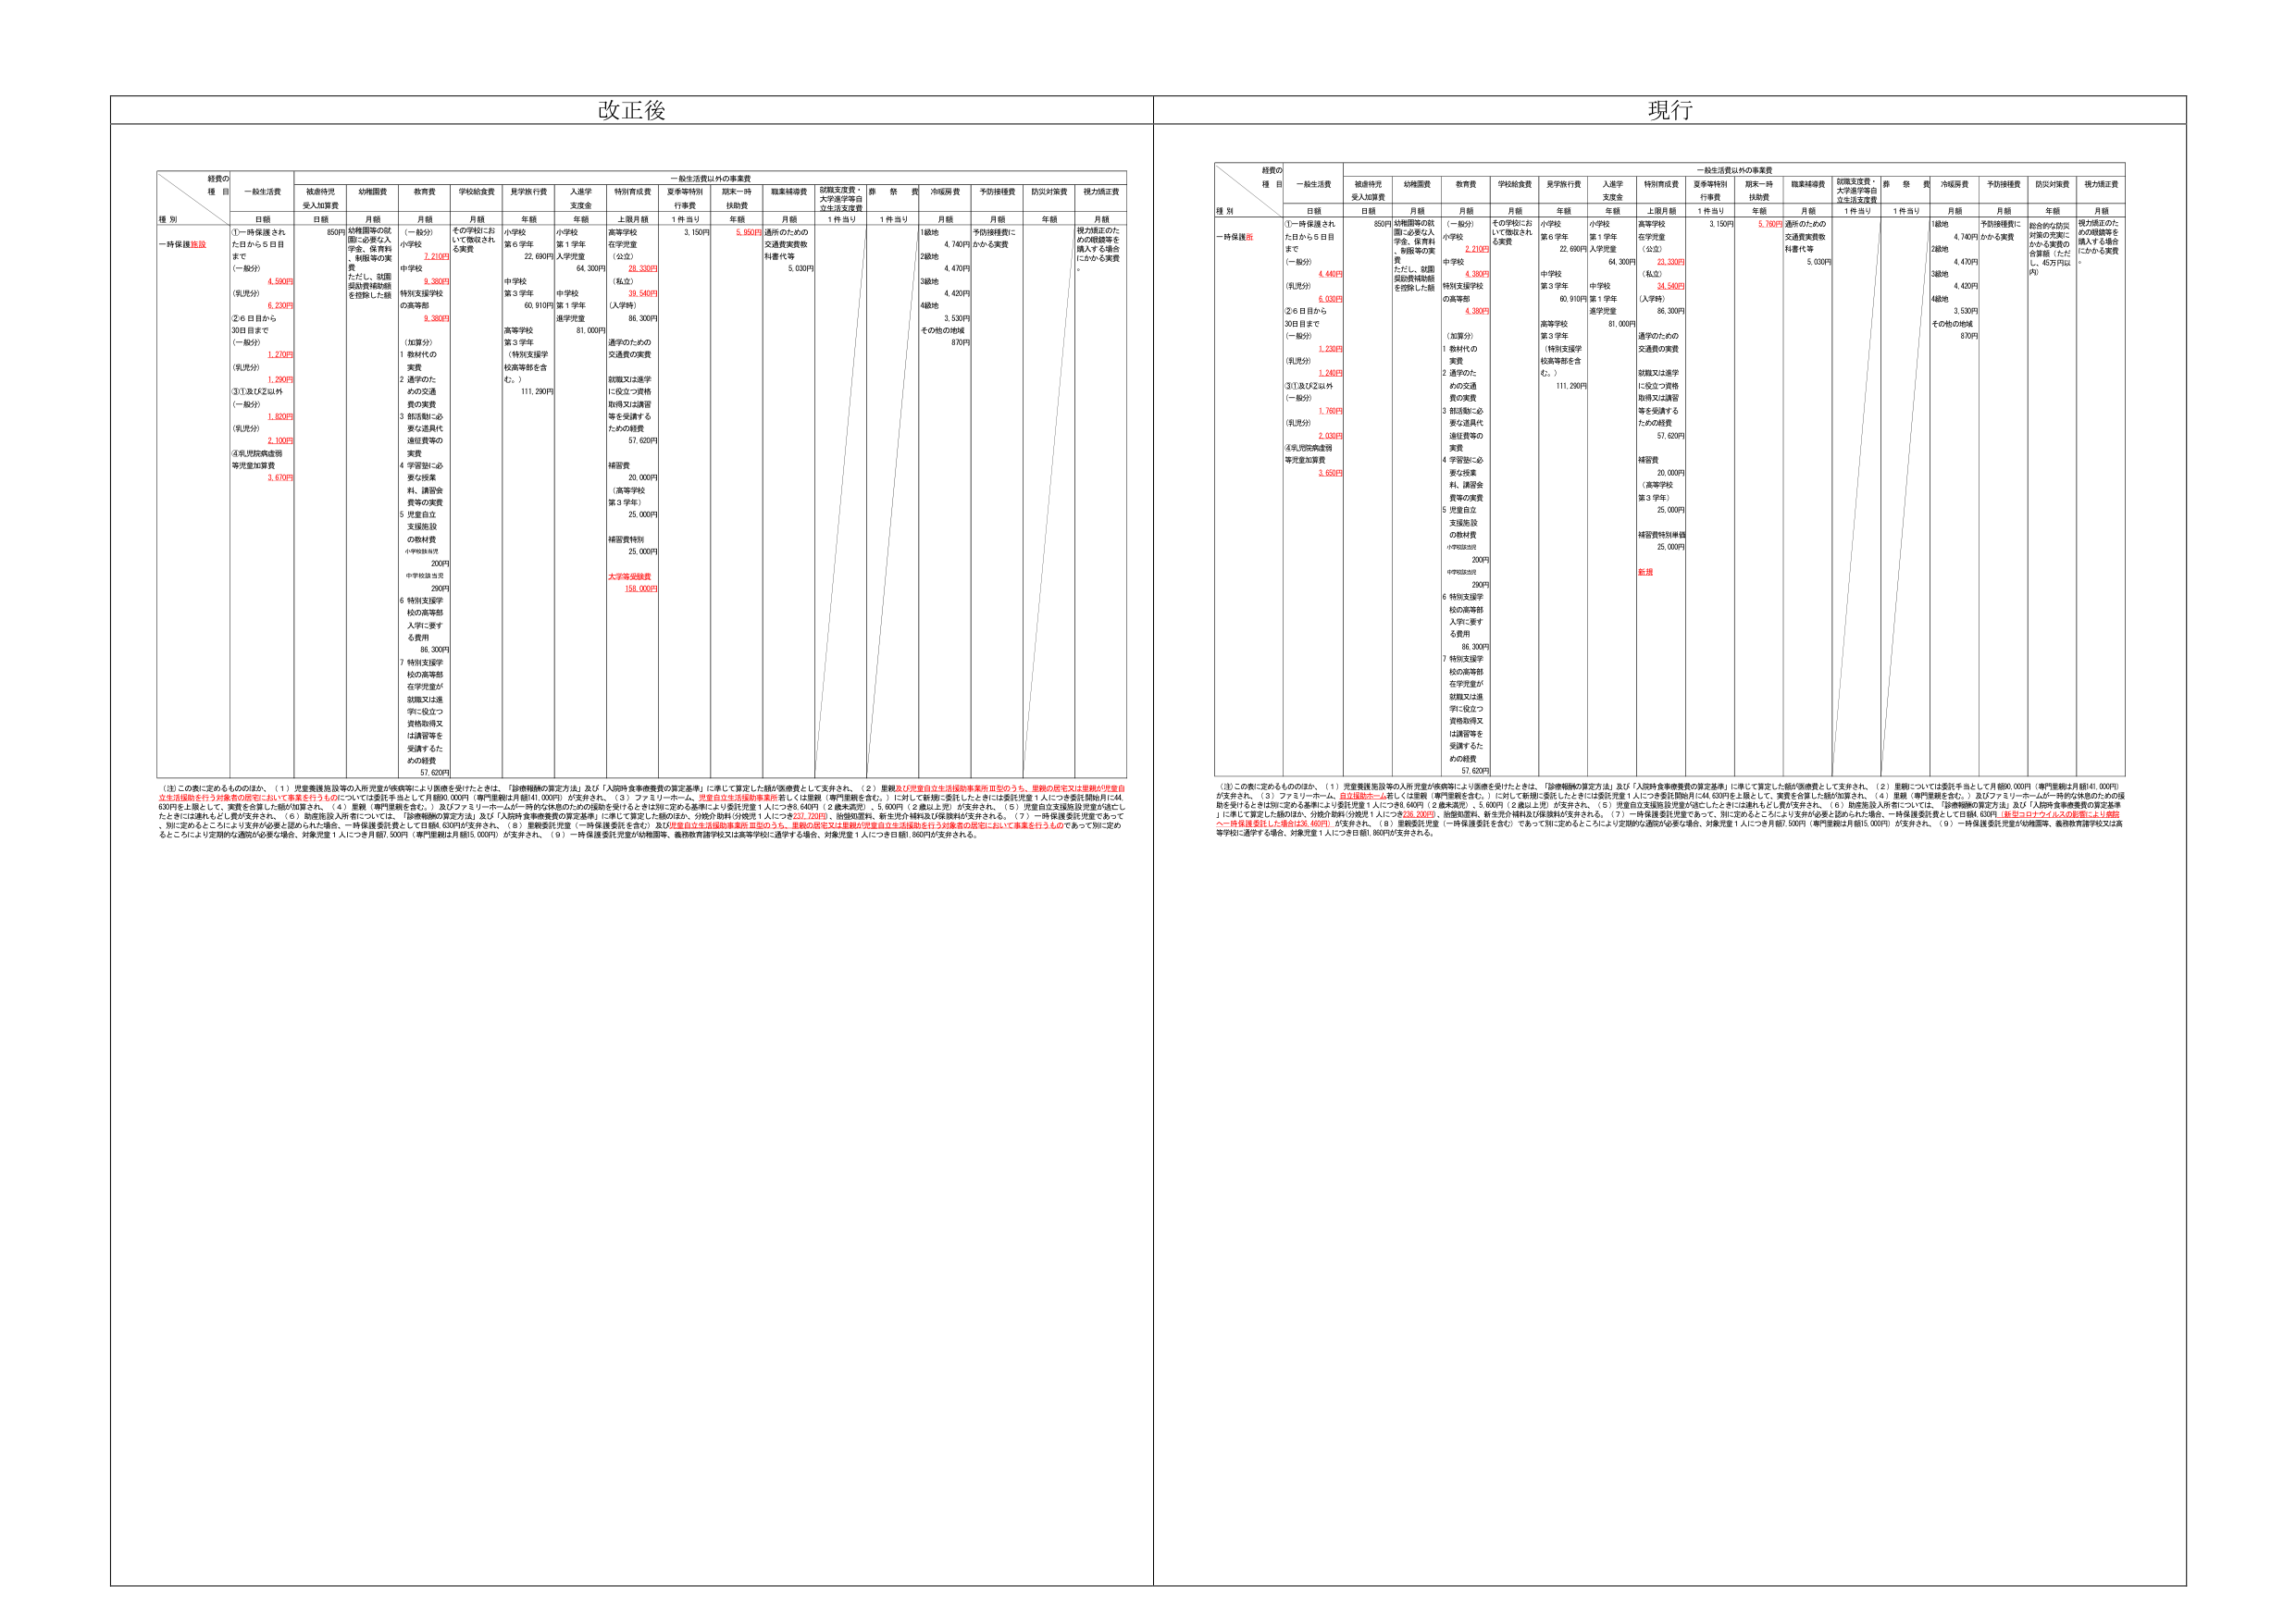
改正後

種別
経費の種目
一般生活費
被虐待児受入加算費
幼稚園費
教育費
学校給食費
見学旅行費
入通学支援金
特別育成費
一般生活費以外の事業費
夏季等特別行事費
期末一時扶助費
職業補導費
就職支援費・大学進学等自立生活支援費
葬祭費
冷暖房費
予防接種費
防災対策費
視力矯正費

日額
日額
月額
月額
月額
年額
年額
上限月額
1件当り
年額
月額
1件当り
月額
月額
年額
月額

一時保護施設
①一時保護された日から5日目まで（一般分）
4,580円
（乳児分）
6,230円
②6日目から30日目まで（一般分）
1,220円
（乳児分）
1,290円
③①及び②以外（一般分）
1,800円
（乳児分）
2,100円
④乳児院病舎同等児童加算費
3,670円
850円
幼稚園等の就園に必要な入学金、保育料、制服等の実費。ただし、就園奨励費補助額を控除した額
（一般分）
2,210円
（私立、特別支援学校の高等部）
9,380円
（加算分）
1 給料代の実費
2 通学のための交通費の実費
3 部活動に必要な道具代・遠征費等の実費
4 学習塾に必要な授業料、講習会費等の実費
5 児童自立支援施設の教材費
小学校該当児200円
中学校該当児290円
6 特別支援学校の高等部入学に要する費用86,300円
7 特別支援学校の高等部在学児童が就職又は進学に役立つ資格取得又は講習等を受講するための経費57,620円
その学校において徴収される実費
小学校第6学年22,690円
中学校第3学年60,910円
高等学校第3学年（特別支援学校高等部を含む。）111,290円
小学校第1学年入学児童64,300円
中学校第1学年進学児童81,000円
高等学校在学児童（公立）28,330円（私立）39,540円（入学時）86,300円
通学のための交通費の実費
就職又は進学に役立つ資格取得又は講習等を受講するための経費57,620円
補習費20,000円（高等学校第3学年）25,000円
補習費特例25,000円
大学等受験費150,000円
3,150円
5,980円
通所のための交通費実費除料費代等5,030円
1級地4,740円
2級地4,470円
3級地4,420円
4級地3,530円
その他の地域870円
予防接種費にかかる実費
視力矯正のための眼鏡等を購入する場合にかかる実費

（注）この表に定めるもののほか、（1）児童養護施設等の入所児童が疾病等により医療を受けたときは、「診療報酬の算定方法」及び「入所時食事療養費の算定基準」に準じて算定した額が医療費として支弁され、（2）里親及び児童自立生活援助事業所担当のうち、里親の居宅又は里親が児童自立生活援助を行う児童の居宅において事業を行うものについては委託手当として月額80,000円（専門里親は月額40,000円）が支弁され、（3）ファミリーホーム、児童自立生活援助事業所等しては里親（専門里親を含む。）に対して新規に委託したときには委託児童1人につき委託開始月に44,630円を上限として、実費を合算した額が加算され、（4）里親（専門里親を含む。）及びファミリーホームに一時的な休憩のための援助を受けるときは別に定める基準により委託児童1人につき640円（2歳未満児）・5,600円（2歳以上児）が支弁され、（5）児童自立支援施設児童が通じてたときには連れてくる費用が支弁され、（6）助産施設入所者については、「診療報酬の算定方法」及び「入所時食事療養費の算定基準」に準じて算定した額のほか、分娩介助料（分娩費1人につき237,720円）、胎盤処置料、新生児介護料及び保険料が支弁される。（7）一時保護委託児童であって、別に定めるところにより支弁が必要と認められた場合、一時保護委託費として日額4,030円が支弁され、（8）里親委託児童（一時保護委託を含む）及び児童自立生活援助事業所担当のうち、里親の居宅又は里親が児童自立生活援助を行う児童の居宅において事業を行うものであって別に定めるところにより定期的な通院が必要な場合、対象児童1人につき月額7,500円（専門里親は月額5,000円）が支弁され、（9）一時保護委託児童が幼稚園等、義務教育諸学校又は高等学校に通学する場合、対象児童1人につき日額1,860円が支弁される。

現行

種別
経費の種目
一般生活費
被虐待児受入加算費
幼稚園費
教育費
学校給食費
見学旅行費
入通学支援金
特別育成費
一般生活費以外の事業費
夏季等特別行事費
期末一時扶助費
職業補導費
就職支援費・大学進学等自立生活支援費
葬祭費
冷暖房費
予防接種費
防災対策費
視力矯正費

日額
日額
月額
月額
月額
年額
年額
上限月額
1件当り
年額
月額
1件当り
月額
月額
年額
月額

一時保護施設
①一時保護された日から5日目まで（一般分）
4,440円
（乳児分）
5,030円
②6日目から30日目まで（一般分）
1,230円
（乳児分）
1,240円
③①及び②以外（一般分）
1,760円
（乳児分）
2,030円
④乳児院病舎同等児童加算費
3,650円
850円
幼稚園等の就園に必要な入学金、保育料、制服等の実費。ただし、就園奨励費補助額を控除した額
（一般分）
2,210円
（私立、特別支援学校の高等部）
4,380円
（加算分）
1 給料代の実費
2 通学のための交通費の実費
3 部活動に必要な道具代・遠征費等の実費
4 学習塾に必要な授業料、講習会費等の実費
5 児童自立支援施設の教材費
小学校該当児200円
中学校該当児290円
6 特別支援学校の高等部入学に要する費用86,300円
7 特別支援学校の高等部在学児童が就職又は進学に役立つ資格取得又は講習等を受講するための経費57,620円
その学校において徴収される実費
小学校第6学年22,690円
中学校第3学年60,910円
高等学校第3学年（特別支援学校高等部を含む。）111,290円
小学校第1学年入学児童64,300円
中学校第1学年進学児童81,000円
高等学校在学児童（公立）28,330円（私立）34,540円（入学時）86,300円
通学のための交通費の実費
就職又は進学に役立つ資格取得又は講習等を受講するための経費57,620円
補習費20,000円（高等学校第3学年）25,000円
補習費特例単価25,000円
新規
3,150円
5,780円
通所のための交通費実費除料費代等5,030円
1級地4,740円
2級地4,470円
3級地4,420円
4級地3,530円
その他の地域870円
予防接種費にかかる実費
総合的な防災対策の実費にかかる実費の合算額（ただし、45万円以内）
視力矯正のための眼鏡等を購入する場合にかかる実費

（注）この表に定めるもののほか、（1）児童養護施設等の入所児童が疾病等により医療を受けたときは、「診療報酬の算定方法」及び「入所時食事療養費の算定基準」に準じて算定した額が医療費として支弁され、（2）里親については委託手当として月額90,000円（専門里親は月額45,000円）が支弁され、（3）ファミリーホーム、児童自立生活援助事業所等しては里親（専門里親を含む。）に対して新規に委託したときには委託児童1人につき委託開始月に44,630円を上限として、実費を合算した額が加算され、（4）里親（専門里親を含む。）及びファミリーホームに一時的な休憩のための援助を受けるときは別に定める基準により委託児童1人につき640円（2歳未満児）・5,600円（2歳以上児）が支弁され、（5）児童自立支援施設児童が通じてたときには連れてくる費用が支弁され、（6）助産施設入所者については、「診療報酬の算定方法」及び「入所時食事療養費の算定基準」に準じて算定した額のほか、分娩介助料（分娩費1人につき238,200円）、胎盤処置料、新生児介護料及び保険料が支弁される。（7）一時保護委託児童であって、別に定めるところにより支弁が必要と認められた場合、一時保護委託費として日額4,030円（昨年より77円上る調整により前年ベース見直しをした額は3,953円）が支弁され、（8）里親委託児童（一時保護委託を含む）であって別に定めるところにより定期的な通院が必要な場合、対象児童1人につき月額7,500円（専門里親は月額5,000円）が支弁され、（9）一時保護委託児童が幼稚園等、義務教育諸学校又は高等学校に通学する場合、対象児童1人につき日額1,860円が支弁される。